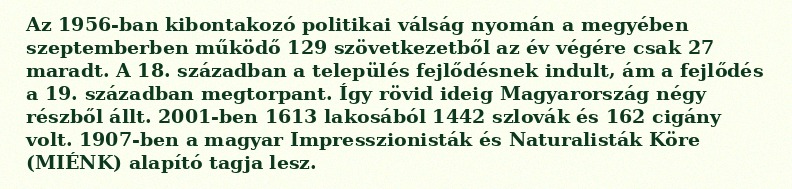
Az 1956-ban kibontakozó politikai válság nyomán a megyében szeptemberben működő 129 szövetkezetből az év végére csak 27 maradt. A 18. században a település fejlődésnek indult, ám a fejlődés a 19. században megtorpant. Így rövid ideig Magyarország négy részből állt. 2001-ben 1613 lakosából 1442 szlovák és 162 cigány volt. 1907-ben a magyar Impresszionisták és Naturalisták Köre (MIÉNK) alapító tagja lesz.